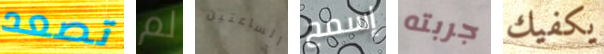
تصعد لم الساعتين إسمح جربته يكفيك